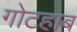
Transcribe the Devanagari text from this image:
गोटहाब